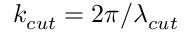
k _ { c u t } = 2 \pi / \lambda _ { c u t }